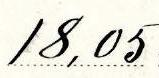
18,05